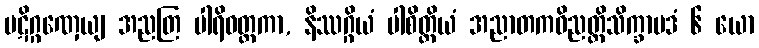
ပဋိဂ္ဂဏှေယျ အညတြ ပါရိဝတ္တကာ, နိဿဂ္ဂိယံ ပါစိတ္တိယံ အညာတကဝိညတ္တိသိက္ခာပဒံ ၆ ယော